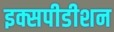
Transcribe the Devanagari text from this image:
इक्सपीडीशन